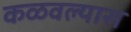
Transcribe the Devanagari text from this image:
कळवल्यास